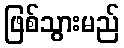
ဖြစ်သွားမည်